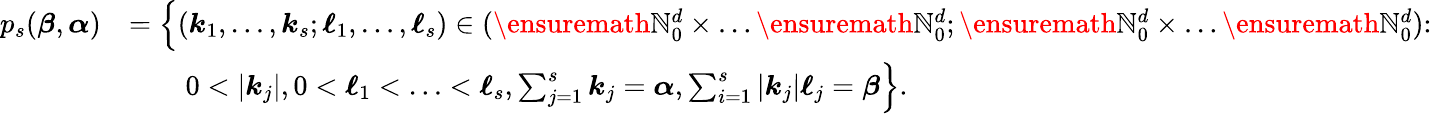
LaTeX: \begin{array}{rl}{p_{s}({\boldsymbol{\beta}},{\boldsymbol{\alpha}})}&{=\Big\{ ({\boldsymbol{k}}_{1},\ldots,{\boldsymbol{k}}_{s};{\boldsymbol{\ell}}_{1},\ldots,{\boldsymbol{\ell}}_{s})\in(\ensuremath{\mathbb{N}}_{0}^{d}\times\ldots\ensuremath{\mathbb{N}}_{0}^{d};\ensuremath{\mathbb{N}}_{0}^{d}\times\ldots\ensuremath{\mathbb{N}}_{0}^{d})\colon}\\ &{\qquad 0<|{\boldsymbol{k}}_{j}|,0<{\boldsymbol{\ell}}_{1}<\ldots<{\boldsymbol{\ell}}_{s},\sum_{j=1}^{s}{\boldsymbol{k}}_{j}={\boldsymbol{\alpha}},\sum_{i=1}^{s}|{\boldsymbol{k}}_{j}|{\boldsymbol{\ell}}_{j}={\boldsymbol{\beta}}\Big\} .}\end{array}